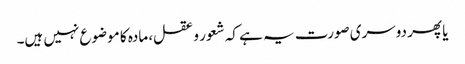
یا پھر دوسری صورت یہ ہے کہ شعور و عقل، مادہ کا موضوع نہیں ہیں۔